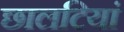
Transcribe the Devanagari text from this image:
छालटियां